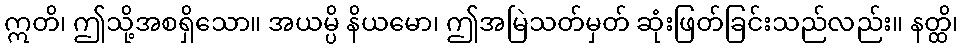
ဣတိ၊ ဤသို့အစရှိသော။ အယမ္ပိ နိယမော၊ ဤအမြဲသတ်မှတ် ဆုံးဖြတ်ခြင်းသည်လည်း။ နတ္ထိ၊